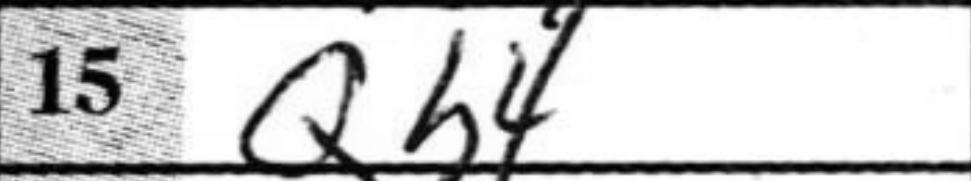
Transcription: Qh4